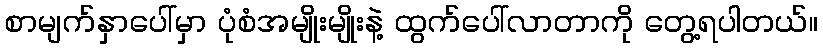
စာမျက်နှာပေါ်မှာ ပုံစံအမျိုးမျိုးနဲ့ ထွက်ပေါ်လာတာကို တွေ့ရပါတယ်။